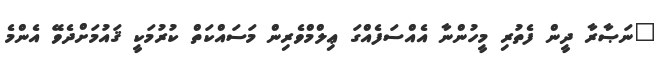
"ނަޞާރާ ދީން ފެތުރި މީހުންނާ އެއްސަފެއްގަ ޢިލްމްވެރިން މަސައްކަތް ކުރުމަކީ ޤައުމަށްދެވޭ އެންމެ